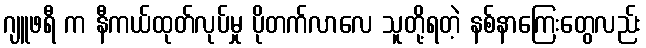
ဂျူဖရီ က နီကယ်ထုတ်လုပ်မှု ပိုတက်လာလေ သူတို့ရတဲ့ နစ်နာကြေးတွေလည်း